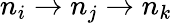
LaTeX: n_{i}\rightarrow n_{j}\rightarrow n_{k}